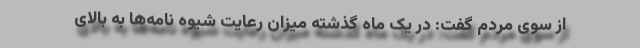
از سوی مردم گفت: در یک ماه گذشته میزان رعایت شیوه نامه‌ها به بالای